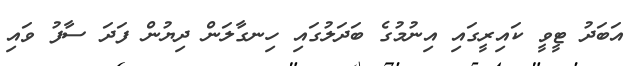
އަބަދު ޓީވީ ކައިރީގައި އިނުމުގެ ބަދަލުގައި ހިނގާލަން ދިޔުން ފަދަ ސާފު ވައި